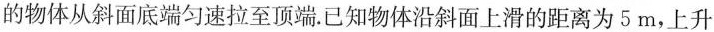
的物体从斜面底端匀速拉至顶端.已知物体沿斜面上滑的距离为5m，上升